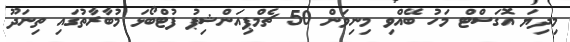
މިދިޔަ އޮގަސްޓް މަހު ބޭއްވި މިނިވަން 50 ޗެމްޕިއަންޝިޕު ފުޓްބޯޅަ މުބާރާތުގައި ތިނަދޫ